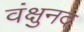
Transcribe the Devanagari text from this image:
वंक्षुनद